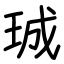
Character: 珹